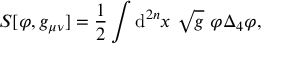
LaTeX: S [ \varphi , g _ { \mu \nu } ] = \frac { 1 } { 2 } \int \mathrm { d } ^ { 2 n } x ~ \sqrt { g } ~ \varphi \Delta _ { 4 } \varphi ,